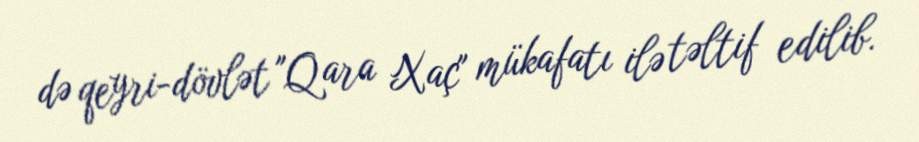
də qeyri-dövlət "Qara Xaç" mükafatı ilə təltif edilib.